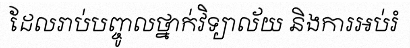
ដែលរាប់បញ្ចូលថ្នាក់វិទ្យាល័យ និងការអប់រំ